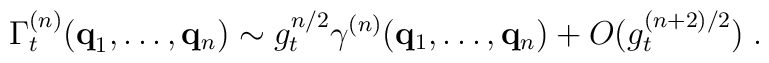
\Gamma_t^{(n)} ( {\bf{q}}_1 , \ldots , {\bf{q}}_n ) \sim g_t^{n/2}\gamma^{(n)}  ( {\bf{q}}_1 , \ldots , {\bf{q}}_n )   + O ( g_t^{ (n+2)/2} ) \; .